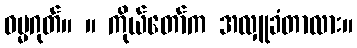
ဓမ္မဂုတ်။ ။ ကိုယ်တော်က အလှူခံတာလား။